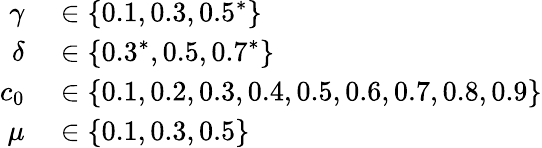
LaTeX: \begin{array}{rl}{\gamma}&{{}\in\{ 0.1,0.3,0.5^{*}\} }\\ {\delta}&{{}\in\{ 0.3^{*},0.5,0.7^{*}\} }\\ {c_{0}}&{{}\in\{ 0.1,0.2,0.3,0.4,0.5,0.6,0.7,0.8,0.9\} }\\ {\mu}&{{}\in\{ 0.1,0.3,0.5\} }\end{array}